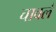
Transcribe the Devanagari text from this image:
चावले